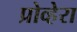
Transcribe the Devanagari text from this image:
प्रोव्हेरा